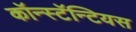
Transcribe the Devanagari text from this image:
कॉन्स्टॅन्टियस